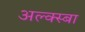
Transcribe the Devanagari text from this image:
अल्क्स्बा